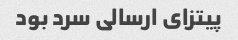
پیتزای ارسالی سرد بود